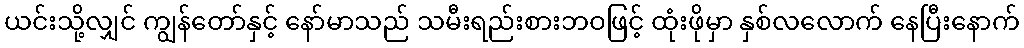
ယင်းသို့လျှင် ကျွန်တော်နှင့် နော်မာသည် သမီးရည်းစားဘဝဖြင့် ထုံးဖိုမှာ နှစ်လလောက် နေပြီးနောက်